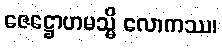
ဇေဋ္ဌောဟမသ္မိ လောကဿ၊